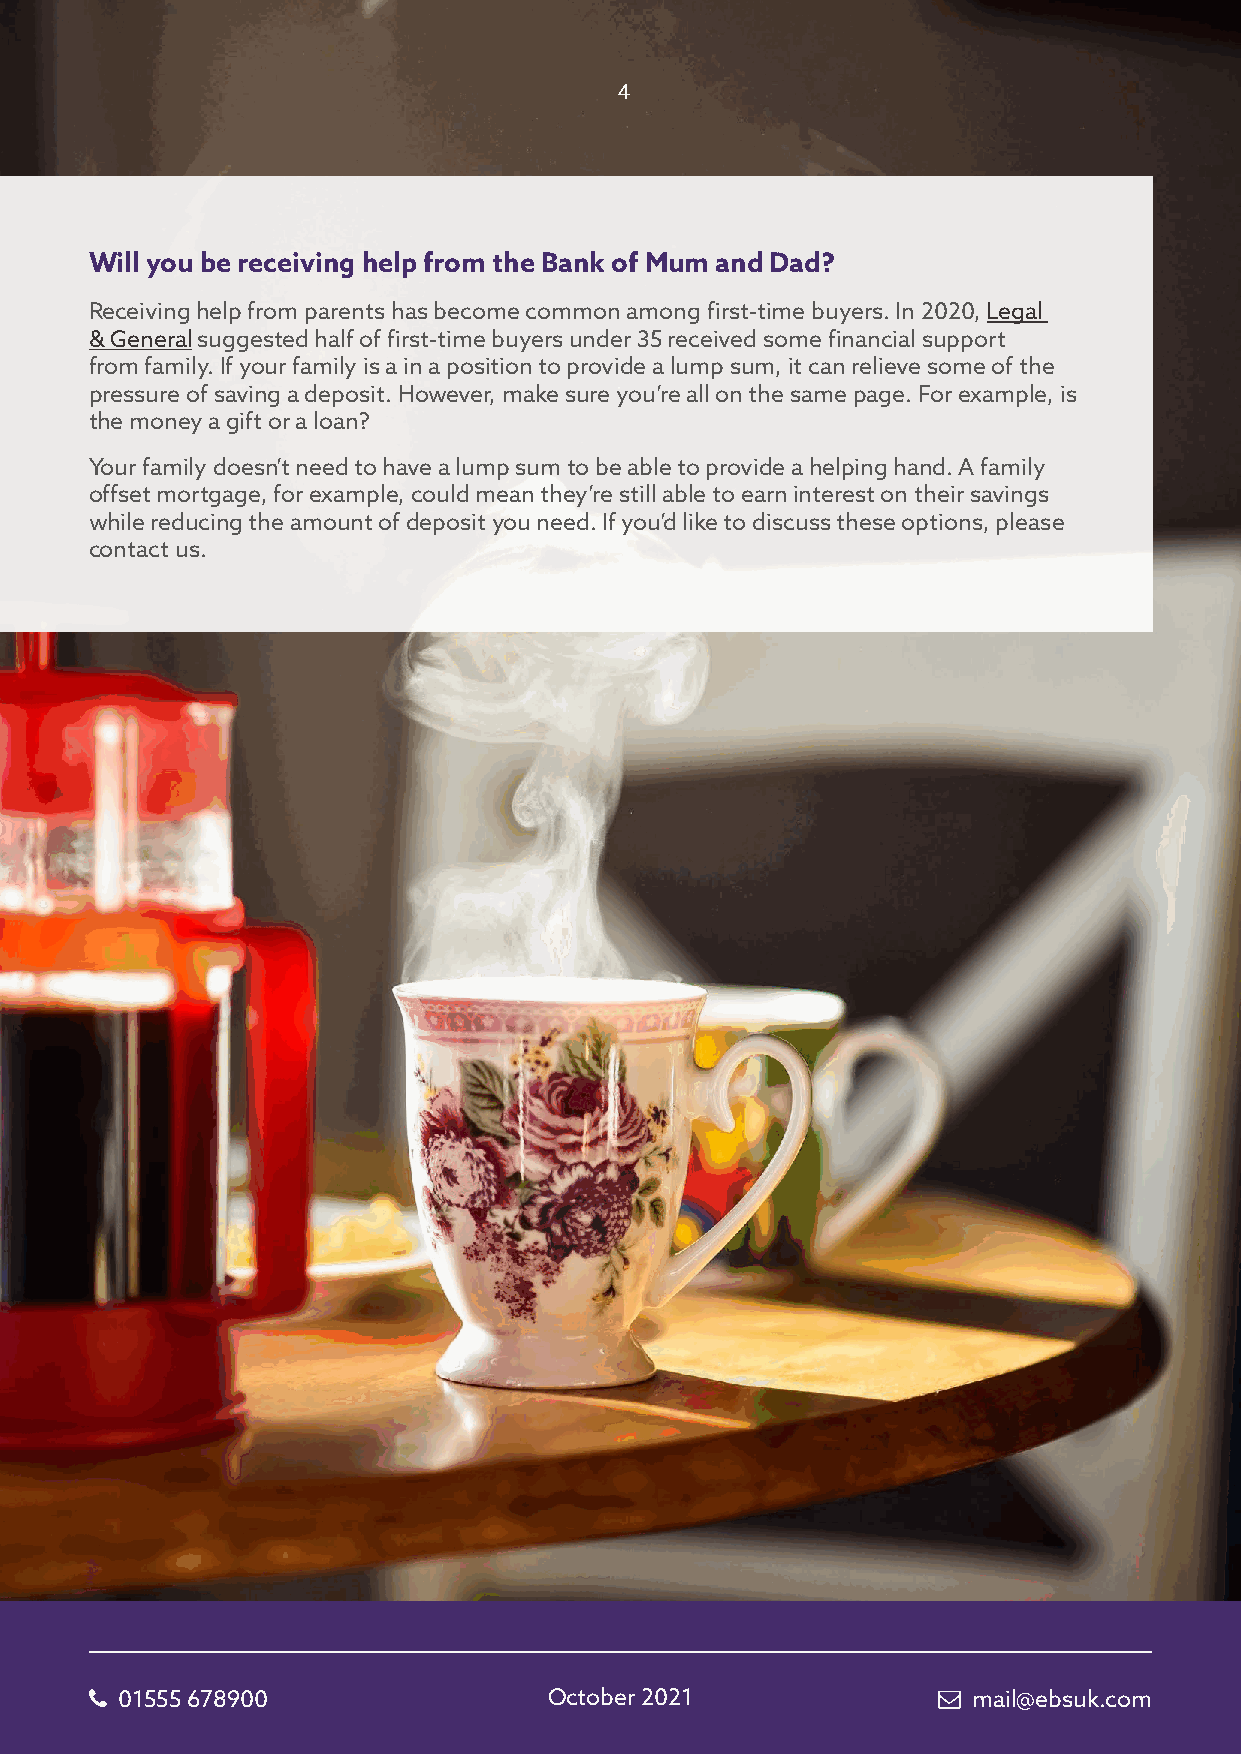
4
 Will you be receiving help from the Bank of Mum and Dad?
 Receiving help from parents has become common among first-time buyers. In 2020, Legal
 & General suggested half of first-time buyers under 35 received some financial support
 from family. If your family is a in a position to provide a lump sum, it can relieve some of the
 pressure of saving a deposit. However, make sure you’re all on the same page. For example, is
 the money a gift or a loan?
 Your family doesn’t need to have a lump sum to be able to provide a helping hand. A family
 offset mortgage, for example, could mean they’re still able to earn interest on their savings
 while reducing the amount of deposit you need. If you’d like to discuss these options, please
 contact us.
  01555 678900                October 2021               mail@ebsuk.com